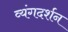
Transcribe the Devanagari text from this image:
व्यंगदर्शन